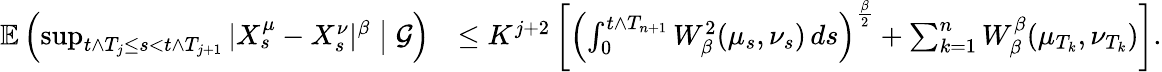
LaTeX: \begin{array}{rl}{\mathbb{E}\left(\operatorname*{sup}_{t\wedge T_{j}\leq s<t\wedge T_{j+1}}|X_{s}^{\mu}-X_{s}^{\nu}|^{\beta}\bigm|\mathcal{G}\right)}&{\leq K^{j+2}\left[\left(\int_{0}^{t\wedge T_{n+1}}W_{\beta}^{2}(\mu_{s},\nu_{s})\, ds\right)^{\frac{\beta}{2}}+\sum_{k=1}^{n}W_{\beta}^{\beta}(\mu_{T_{k}},\nu_{T_{k}})\right].}\end{array}